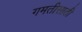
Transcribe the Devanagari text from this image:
गमतीसाठी